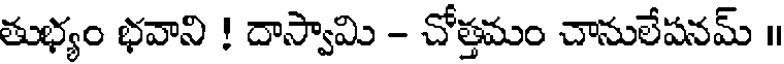
తుభ్యం భవాని ! దాస్వామి - చోత్తమం చానులేషనమ్